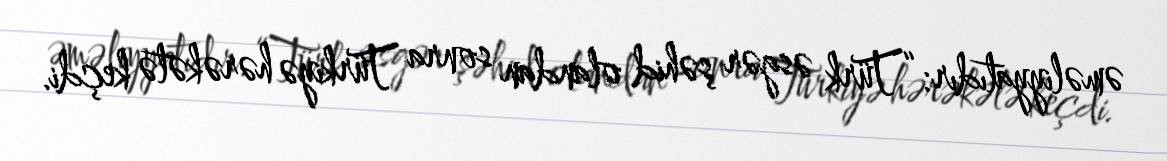
əməliyyatıdır: “Türk əsgər şəhid olandan sonra Türkiyə hərəkətə keçdi.